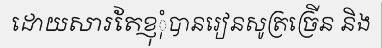
ដោយសារតែខ្ញុុំបានរៀនសូត្រច្រើន និង